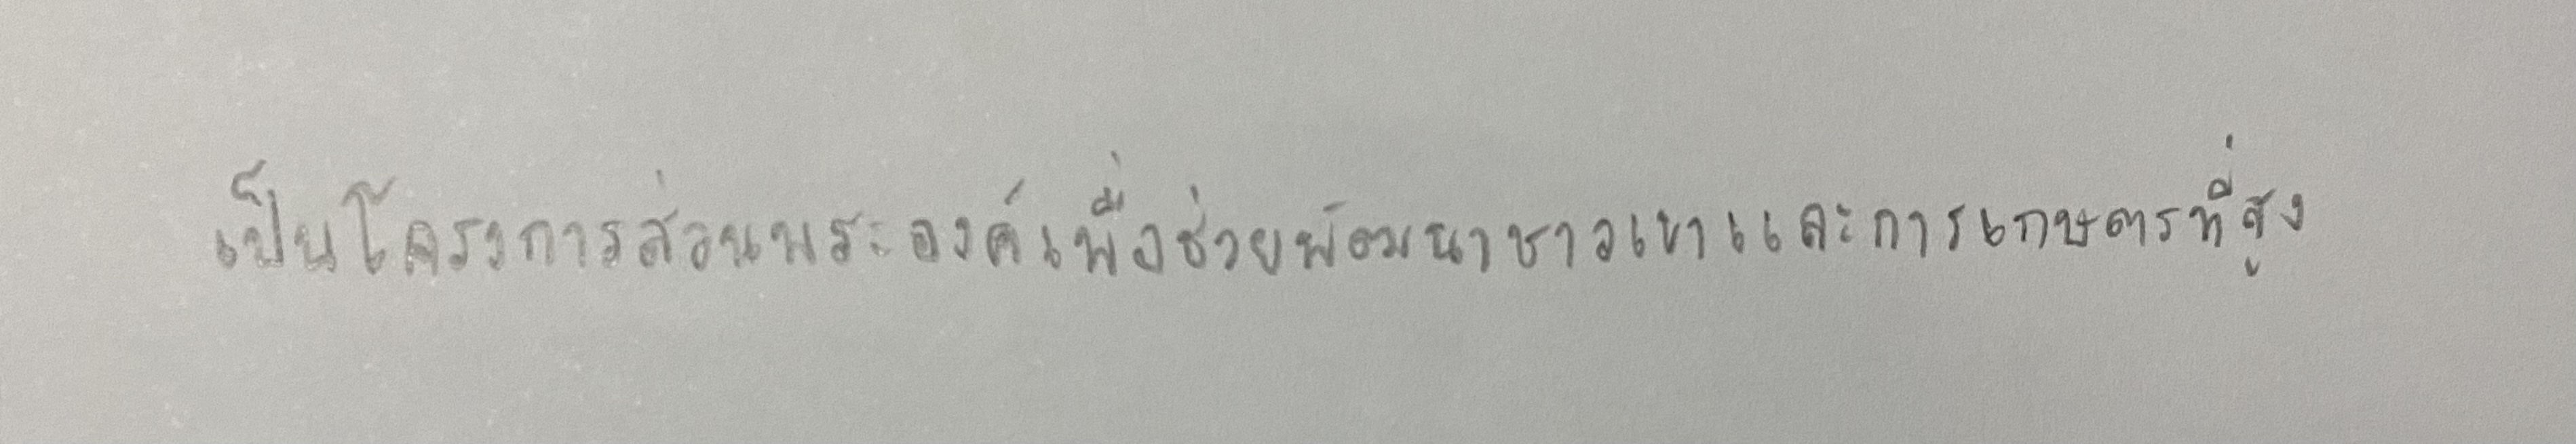
เป็นโครงการส่วนพระองค์เพื่อช่วยพัฒนาชาวเขาและการเกษตรที่สูง